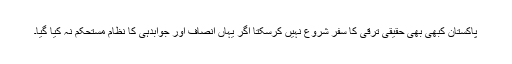
پاکستان کبھی بھی حقیقی ترقی کا سفر شروع نہیں کرسکتا اگر یہاں انصاف اور جوابدہی کا نظام مستحکم نہ کیا گیا۔